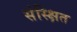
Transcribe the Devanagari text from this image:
संस्क्षित